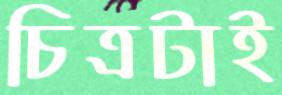
চিত্রটাই